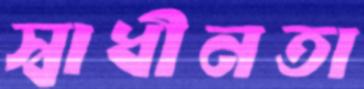
স্বাধীনতা